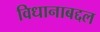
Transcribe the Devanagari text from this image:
विधानाबद्दल